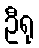
ဦရု